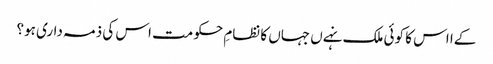
کےا اس کا کوئی ملک نہےں جہاں کا نظامِ حکومت اس کی ذمہ داری ہو؟